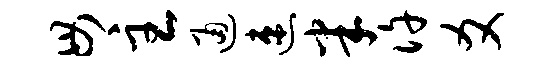
毋主通速半许爻